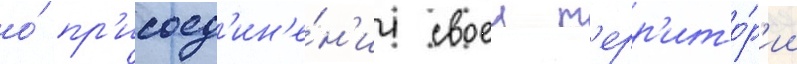
о́ пр'исоед'ин'е́н'ии своеи т'ерр'ито́р'ии